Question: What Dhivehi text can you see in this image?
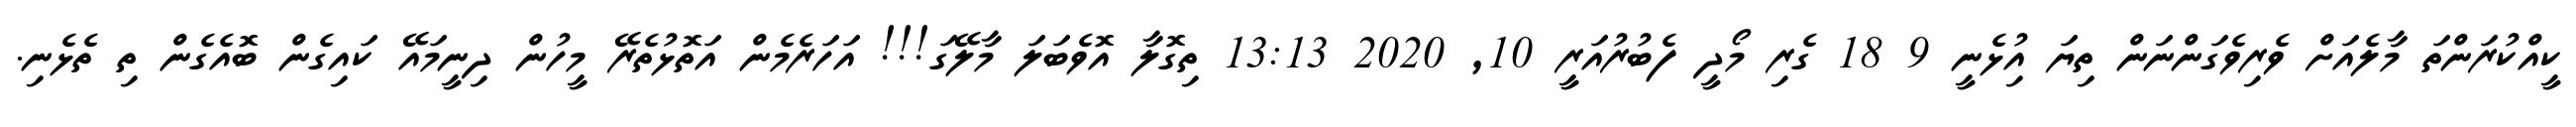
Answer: ކީއްކުރަންތަ މާލެއަށް ވެރިވެގަންނަން ތިޔަ އިުޅެނީ 9 18 ގެރި މޯދީ ފެބުރުއަރީ 10, 2020 13:13 ތިގޮލާ އޮވެބަލަ މާލޭގަ!!! އަހަރެމެން އަތޮޅުތެރޭ މީހުން ދިނީމައޭ ކައިގެން ބޮއެގެން ތި ތެޅެނި.